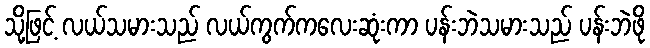
သို့ဖြင့် လယ်သမားသည် လယ်ကွက်ကလေးဆုံးကာ ပန်းဘဲသမားသည် ပန်းဘဲဖို